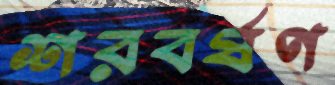
শরবর্ষণ